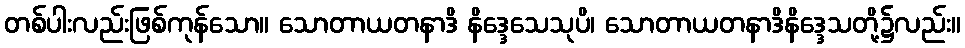
တစ်ပါးလည်းဖြစ်ကုန်သော။ သောတာယတနာဒိ နိဒ္ဒေသေသုပိ၊ သောတာယတနာဒိနိဒ္ဒေသတို့၌လည်း။